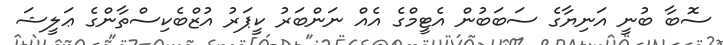
ސޮބާ ބުނީ އަނިޔާގެ ސަބަބުން އެޓީމްގެ އެއް ނަންބަރު ކީޕަރު އުޒްބެކިސްތާންގެ ޢަލީޝަ